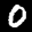
Label: 0